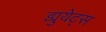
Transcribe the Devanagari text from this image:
ड्युयेट्स